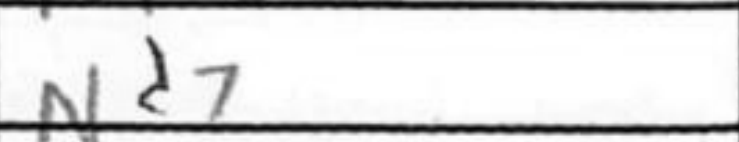
Transcription: Nd7